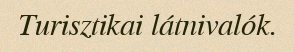
Turisztikai látnivalók.